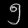
Digit: ၅